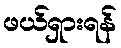
ဖယ်ရှားရန်